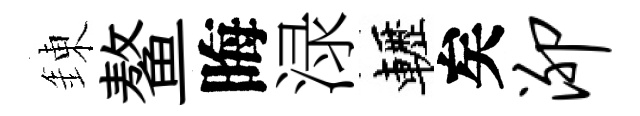
錬鳌晦渌轣矣泖